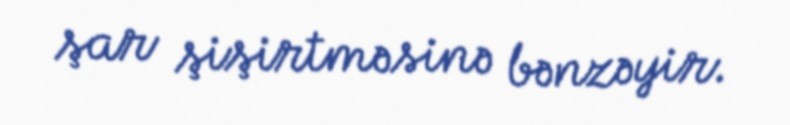
şar şişirtməsinə bənzəyir.